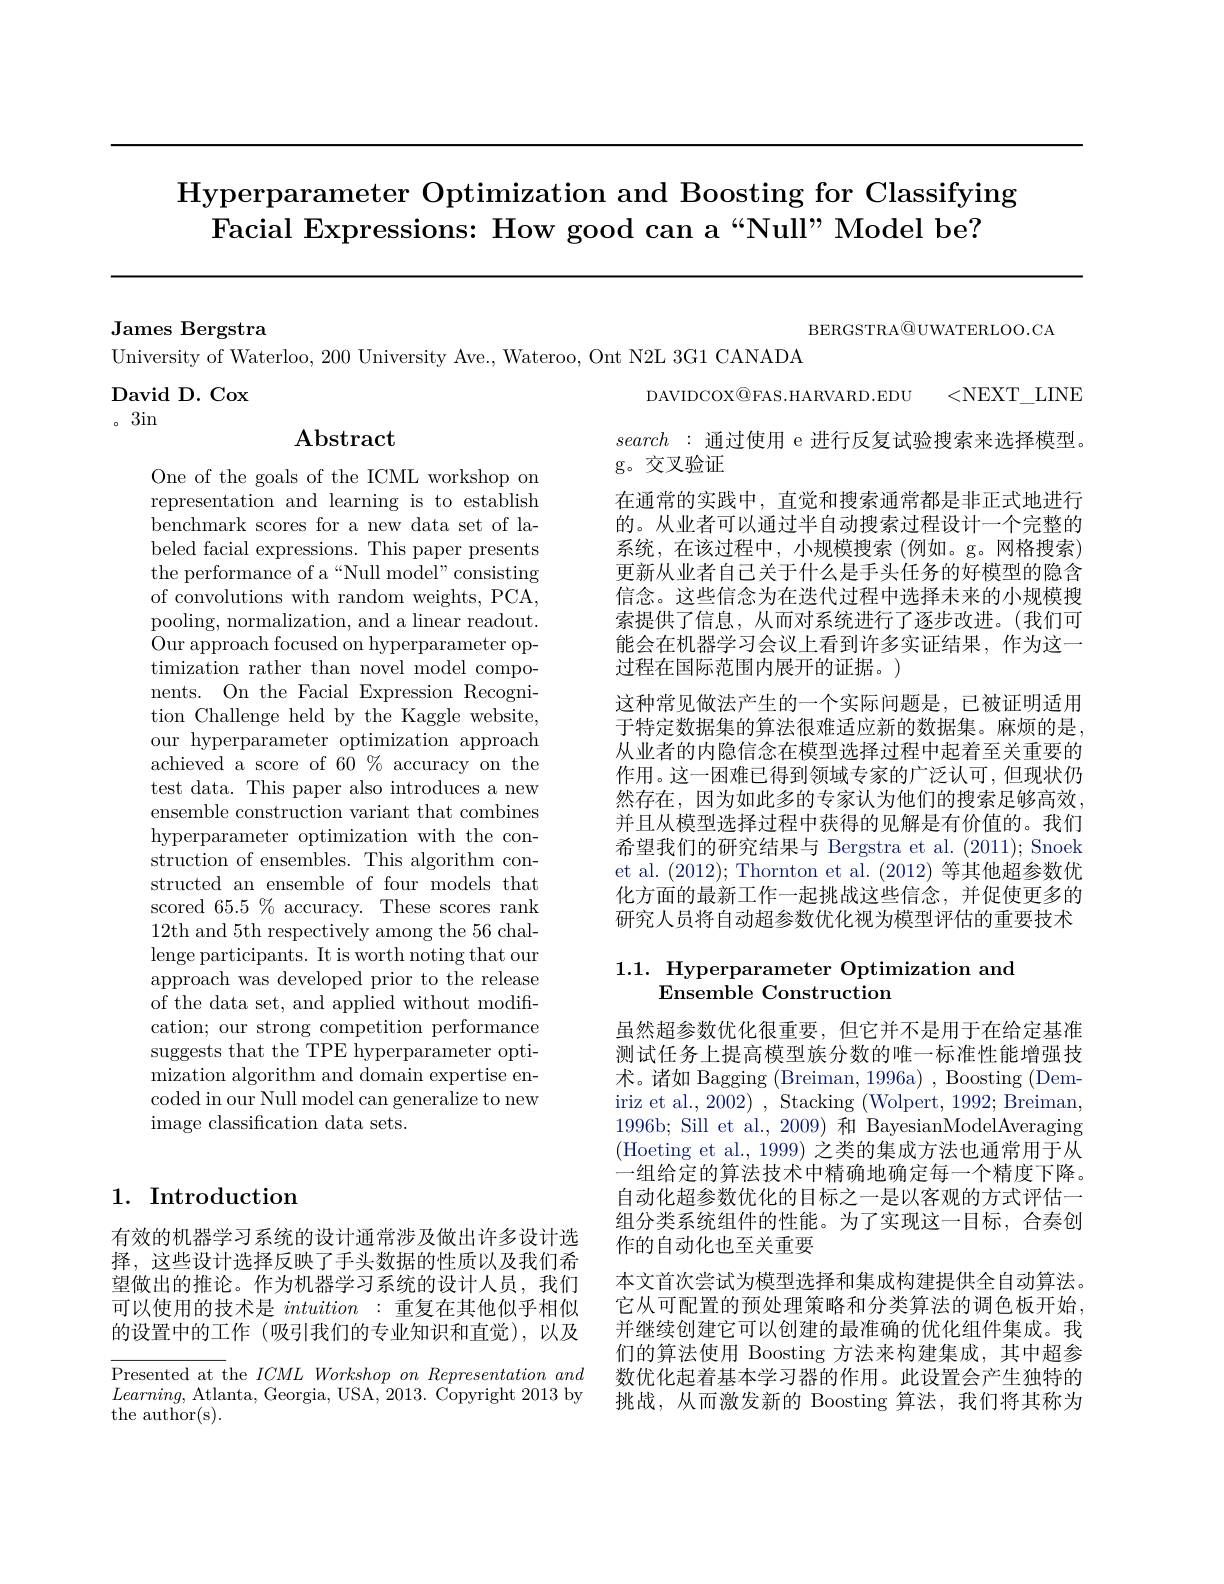
# Hyperparameter Optimization and Boosting for Classifying Facial Expressions: How good can a “Null” Model be?

BERGSTRA@UWATERLOO.CA

James Bergstra
University of Waterloo, 200 University Ave., Wateroo, Ont N2L 3G1 CANADA
David D. Cox
DAVIDCOX@FAS.HARVARD.EDU <NEXT\_LINE

。3in

## $\mathbf{Abstract}$

search :通过使用 e 进行反复试验搜索来选择模型。
g。交叉验证

在通常的实践中，直觉和搜索通常都是非正式地进行的。从业者可以通过半自动搜索过程设计一个完整的系统，在该过程中，小规模搜索(例如。g。网格搜索) 更新从业者自己关于什么是手头任务的好模型的隐含信念。这些信念为在迭代过程中选择未来的小规模搜索提供了信息，从而对系统进行了逐步改进。(我们可能会在机器学习会议上看到许多实证结果，作为这一过程在国际范围内展开的证据。)
这种常见做法产生的一个实际问题是，已被证明适用于特定数据集的算法很难适应新的数据集。麻烦的是， 从业者的内隐信念在模型选择过程中起着至关重要的作用。这一困难已得到领域专家的广泛认可，但现状仍然存在，因为如此多的专家认为他们的搜索足够高效， 并且从模型选择过程中获得的见解是有价值的。我们${\text{希望我们的研究结果与 Bergstra et al.(2011); Snoek}}$ et al. (2012); Thornton et al. (2012)等其他超参数优化方面的最新工作一起挑战这些信念，并促使更多的研究人员将自动超参数优化视为模型评估的重要技术

One of the goals of the ICML workshop on representation and learning is to establish benchmark scores for a new data set of labeled facial expressions. This paper presents the performance of a“Null model”consisting of convolutions with random weights, PCA, pooling, normalization, and a linear readout. Our approach focused on hyperparameter optimization rather than novel model components. On the Facial Expression Recognition Challenge held by the Kaggle website, our hyperparameter optimization approach achieved a score of 60% accuracy on the test data. This paper also introduces a new ensemble construction variant that combines hyperparameter optimization with the construction of ensembles. This algorithm constructed an ensemble of four models that scored $65.5\%$ accuracy. These scores rank 12th and 5th respectively among the 56 challenge participants. It is worth noting that our approach was developed prior to the release of the data set, and applied without modification; our strong competition performance suggests that the TPE hyperparameter optimization algorithm and domain expertise encoded in our Null model can generalize to new image classification data sets.

## 1.1. Hyperparameter Optimization and Ensemble Construction

1. Introduction

虽然超参数优化很重要，但它并不是用于在给定基准测试任务上提高模型族分数的唯一标准性能增强技术。诸如 Bagging (Breiman, 1996a) , Boosting (Demiriz et al., 2002) , Stacking (Wolpert, 1992; Breiman, 1996b; Sill et al.,2009) 和 BayesianModelAveraging (Hoeting et al., 1999) 之类的集成方法也通常用于从一组给定的算法技术中精确地确定每一个精度下降。自动化超参数优化的目标之一是以客观的方式评估一组分类系统组件的性能。为了实现这一目标，合奏创作的自动化也至关重要
本文首次尝试为模型选择和集成构建提供全自动算法。它从可配置的预处理策略和分类算法的调色板开始， 并继续创建它可以创建的最准确的优化组件集成。我们的算法使用 Boosting 方法来构建集成，其中超参数优化起着基本学习器的作用。此设置会产生独特的挑战，从而激发新的 Boosting 算法，我们将其称为

有效的机器学习系统的设计通常涉及做出许多设计选择，这些设计选择反映了手头数据的性质以及我们希望做出的推论。作为机器学习系统的设计人员，我们可以使用的技术是$intuition:$重复在其他似乎相似的设置中的工作(吸引我们的专业知识和直觉),以及

Presented at the $ICML\textit{Workshop on Representation and}$ $Learning$, Atlanta, Georgia, USA, 2013. Copyright 2013 by the author(s).